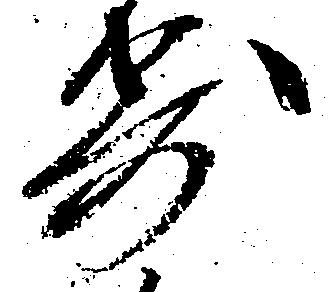
寄